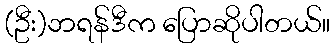
(ဦး)ဘရန်ဒီက ပြောဆိုပါတယ်။